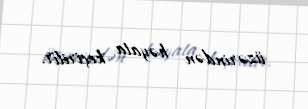
üzərindən həyata keçirilir.